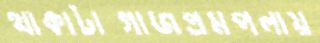
থাকাটাগাজপ্রমপলায়